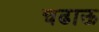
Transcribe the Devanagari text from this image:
चढाऊ